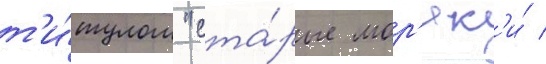
т'и́тулом "ста́рые мор'як'и́ /